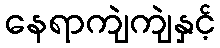
နေရာကျဲကျဲနှင့်